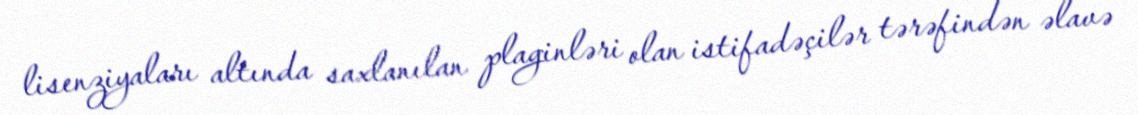
lisenziyaları altında saxlanılan plaginləri olan istifadəçilər tərəfindən əlavə